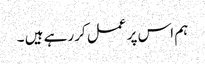
ہم اس پر عمل کررہے ہیں ۔